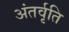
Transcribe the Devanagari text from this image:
अंतर्वृति